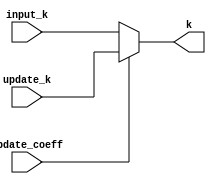
`timescale 1ns / 1ps
//////////////////////////////////////////////////////////////////////////////////
// Company: Kyushu Institute of Technology
// 
// Design Name:     Neural Network (using backpropagation)
// Module Name:     sel_k
// Project Name:    LSI Design Contest in Okinawa 2018
// Target Devices: 
// Tool Versions: 
//
// Description: 
//   Select k form input data k or stored data k for updating coefficients. 
// Input:
//		input_k     : 16 bits 00_0000.0000_0000_00 signed : input value of k
//		update_k	: 16 bits 00_0000.0000_0000_00 signed : update value of k
//      update_coeff    : 1 bit : high active
// Output: 
//		k	: 16 bits 00_0000.0000_0000_00 signed : value of k
// Dependencies: 
// 
// Revision:
// Revision 0.01 - File Created
// Additional Comments:
// 
//////////////////////////////////////////////////////////////////////////////////

module sel_k(
    input signed [15:0] input_k,
    input signed [15:0] update_k,
    input update_coeff,
    output signed [15:0] k
    );
        
    assign k = (update_coeff==1'b1)? update_k: input_k;
    
endmodule